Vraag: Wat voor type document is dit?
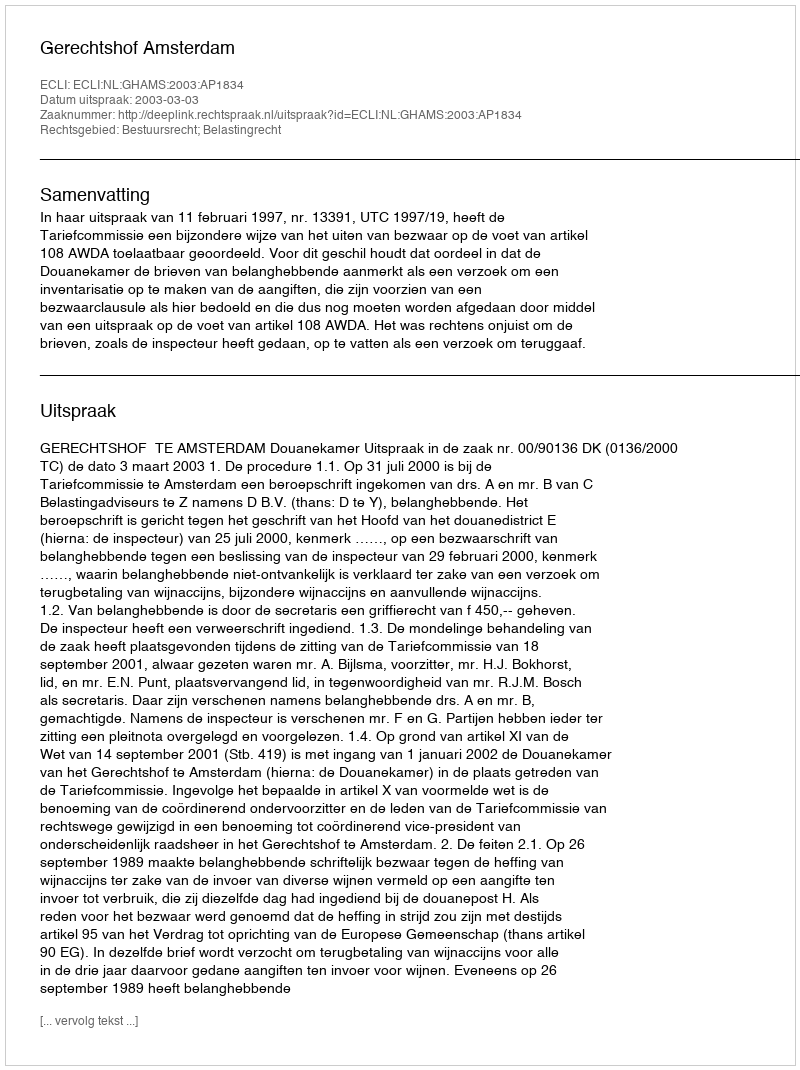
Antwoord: Uitspraak